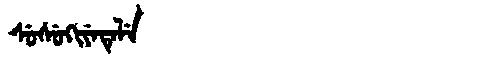
Manchu: ᠰᡠᠰᡠᡴᡳᠶᡝᡨᡝᠯᡝ
Romanization: SUSUKIYETELE